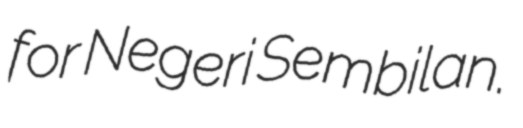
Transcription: for Negeri Sembilan.